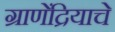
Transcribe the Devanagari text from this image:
ग्राणेंद्रियाचे